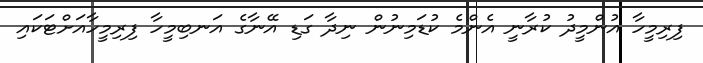
ފިރިމީހާ އުންމީދު ކުރާނީ އެންމެ ކުޑަމިނުން ނިދާ ގަޑި އޭނާގެ އަނބިމީހާ ފިރިމީހާއަށްޓަކައި